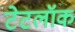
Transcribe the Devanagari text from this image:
टेटलॉक